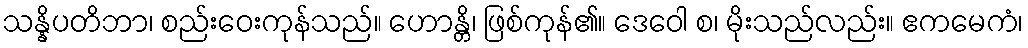
သန္နိပတိဘာ၊ စည်းဝေးကုန်သည်။ ဟောန္တိ၊ ဖြစ်ကုန်၏။ ဒေဝေါ စ၊ မိုးသည်လည်း။ ဧကမေကံ၊